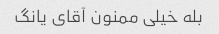
بله خیلی ممنون آقای یانگ